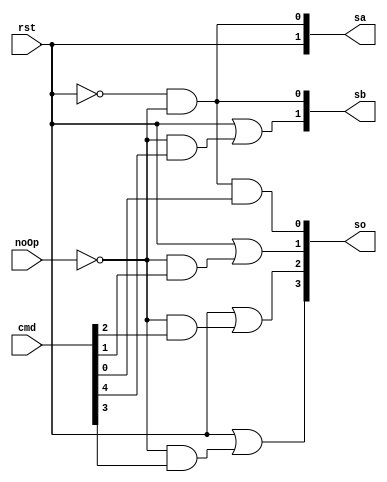
module combinationalLogic(rst, noOp, cmd, sa, sb, so);
	input rst, noOp;
	input[4:0] cmd;
	output[1:0] sa, sb;
	output[3:0] so;

	assign sa = {rst, ~rst & ~noOp};
	assign sb = {rst | (~noOp & cmd[4]), ~rst & ~noOp};
	assign so = {rst | (~noOp & cmd[3]),
		     rst | (~noOp & cmd[2]),
		     rst | (~noOp & cmd[1]),
		     ~rst & ~noOp & cmd[0]};
endmodule